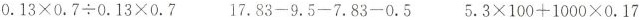
$$0 . 1 3 \times 0 . 7 \div 0.13 \times 0.7$$ $$1 7 . 8 3 - 9 . 5 - 7 . 8 3 - 0 . 5$$ $$5 . 3 \times 1 0 0 + 1 0 0 0 \times 0 . 1 7$$